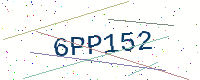
Text: 6PP152